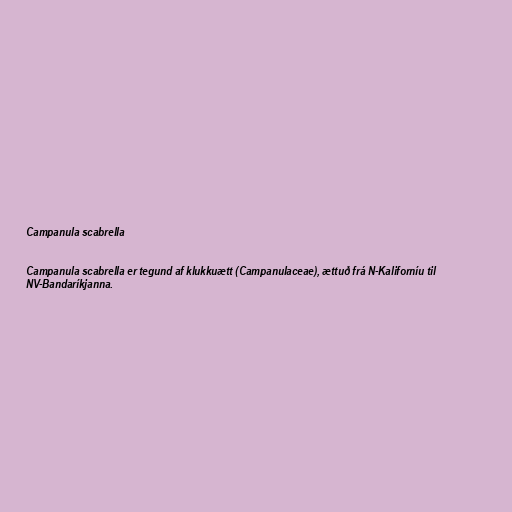
Campanula scabrella

Campanula scabrella er tegund af klukkuætt (Campanulaceae), ættuð frá N-Kaliforníu til
NV-Bandaríkjanna.